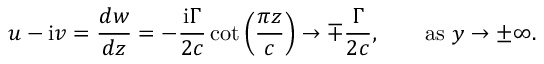
u - \mathrm { i } v = { \frac { d w } { d z } } = - { \frac { \mathrm { i } \Gamma } { 2 c } } \cot \left( { \frac { \pi z } { c } } \right) \rightarrow \mp { \frac { \Gamma } { 2 c } } , \qquad \mathrm { a s } ~ y \rightarrow \pm \infty .